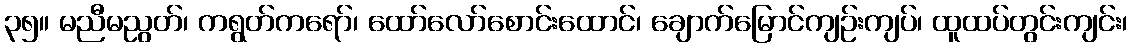
၃၅။ မညီမညွတ်၊ ကရွတ်ကရော်၊ ထော်လော်စောင်းထောင်၊ ချောက်မြောင်ကျဉ်းကျပ်၊ ထူထပ်တွင်းကျင်း၊